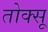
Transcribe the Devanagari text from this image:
तोक्सू